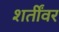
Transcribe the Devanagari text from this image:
शर्तींवर